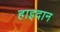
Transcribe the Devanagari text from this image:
हाइदान